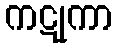
ကဋုကာ